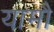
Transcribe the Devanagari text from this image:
यामौ